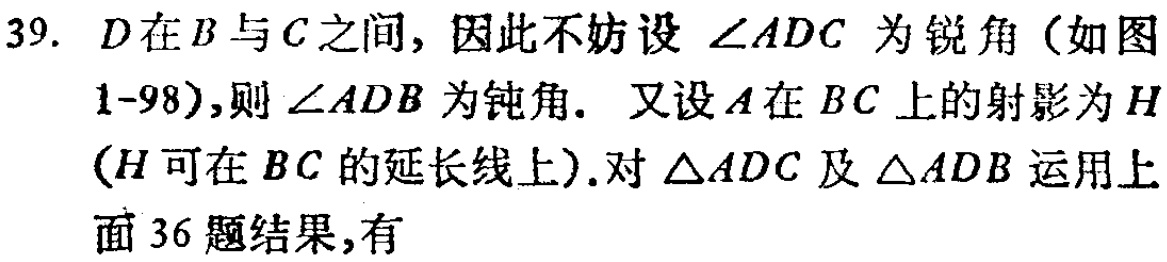
39. \(D\)在\(B\)与\(C\)之间，因此不妨设\(\angle ADC\)为锐角（如图1-98），则\(\angle ADB\)为钝角. 又设\(A\)在\(BC\)上的射影为\(H\)（\(H\)可在\(BC\)的延长线上）.对\(\triangle ADC\)及\(\triangle ADB\)运用上面36题结果，有